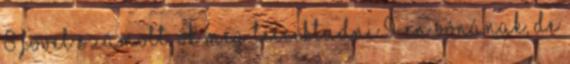
8 fővel számolt. Ők meg tecciktudni 9-en vónának, de